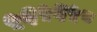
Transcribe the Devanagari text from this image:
५६५६५८